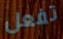
تفعل